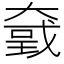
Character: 𡙮